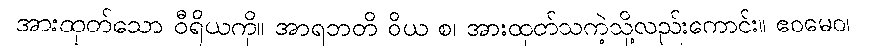
အားထုတ်သော ဝီရိယကို။ အာရဘတိ ဝိယ စ၊ အားထုတ်သကဲ့သို့လည်းကောင်း။ ဧဝမေဝ၊